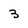
Character: 3